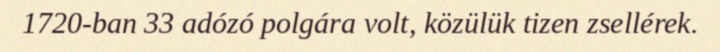
1720-ban 33 adózó polgára volt, közülük tizen zsellérek.